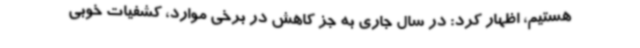
هستیم، اظهار کرد: در سال جاری به جز کاهش در برخی موارد، کشفیات خوبی